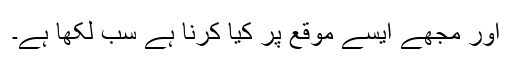
اور مجھے ایسے موقع پر کیا کرنا ہے سب لکھا ہے۔